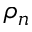
\rho _ { n }